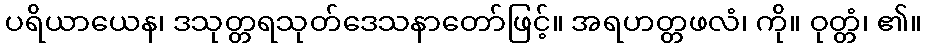
ပရိယာယေန၊ ဒသုတ္တရသုတ်ဒေသနာတော်ဖြင့်။ အရဟတ္တဖလံ၊ ကို။ ဝုတ္တံ၊ ၏။